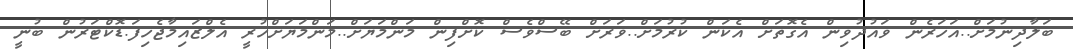
ބަލާދިނުމަށް..އަހަރެން ވައުދުވިން އެގޮތަށް އެކަން ކުރުމަށް..ވަރަށް ބޭސްވެސް ކޮށްފިން މަންމަޔަށް..މަންމަޔަށްހުރީ އެލްޒައިމާޖެހިފަ.ޑޮކްޓަރުން ބުނީ